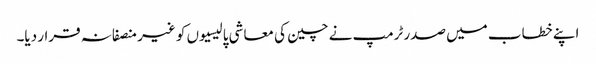
اپنے خطاب میں صدر ٹرمپ نے چین کی معاشی پالیسیوں کو غیر منصفانہ قرار دیا۔